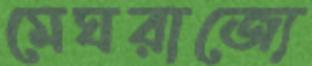
মেঘরাজ্যে